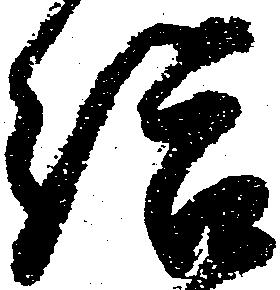
給